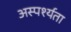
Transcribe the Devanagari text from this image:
अस्पर्श्यता